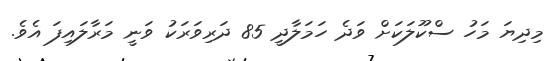
މިދިޔަ މަހު ސްކޫލަކަށް ވަދެ ހަމަލާދީ 85 ދަރިވަރަކު ވަނީ މަރާލައިފަ އެވެ.